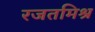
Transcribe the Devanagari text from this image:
रजतमिश्र